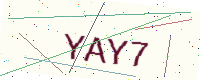
Text: YAY7